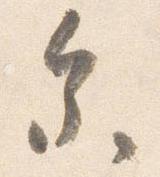
参